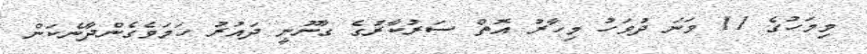
މިމަހުގެ 11 ވަނަ ދުވަހު މިހާރު އޮތް ސަރުކާރުގެ ގާނޫނީ ދައުރު ހަމަވެގެންދާނެކަން